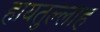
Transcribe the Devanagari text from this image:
हायतुल्लाह